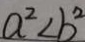
a ^ { 2 } < b ^ { 2 }